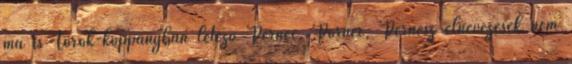
ma is Török-koppányban létező Pernec, Pörnec, Pernesz elnevezések nem